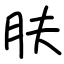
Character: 肤